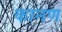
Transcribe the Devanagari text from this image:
कानण